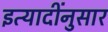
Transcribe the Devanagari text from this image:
इत्यादींनुसार